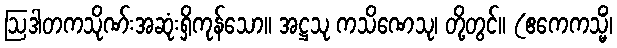
ဩဒါတကသိုဏ်းအဆုံးရှိကုန်သော။ အဋ္ဌသု ကသိဏေသု၊ တို့တွင်။ (ဧကေကသ္မိံ၊